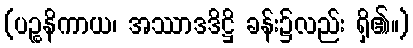
(ပဉ္စနိကာယ၊ အဿာဒဒိဋ္ဌိ ခန်း၌လည်း ရှိ၏။)